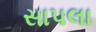
સાપલા